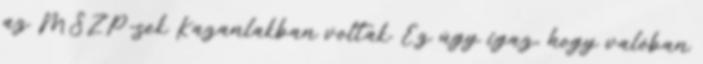
az MSZP-sek Kazanlakban voltak. Ez úgy igaz, hogy valóban